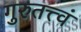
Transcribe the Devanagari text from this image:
गुरुतत्त्वं